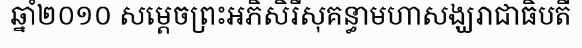
ឆ្នាំ២០១០ សម្តេចព្រះអភិសិរីសុគន្ធាមហាសង្ឃរាជាធិបតី